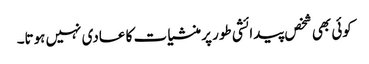
کوئی بھی شخص پیدائشی طور پر منشیا ت کا عادی نہیں ہوتا۔